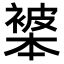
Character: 𬡩